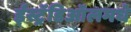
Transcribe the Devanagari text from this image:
ईस्ट्रॅडिऑलमधे